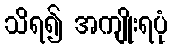
သိရ၍ အကျိုးရပုံ